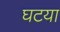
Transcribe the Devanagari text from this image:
घटया